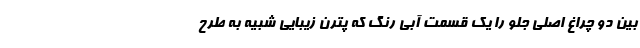
بین دو چراغ اصلی جلو را یک قسمت آبی رنگ که پترن زیبایی شبیه به طرح